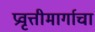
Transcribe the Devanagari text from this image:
प्रवृत्तीमार्गाचा